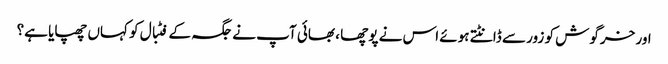
اور خرگوش کو زور سے ڈانٹتے ہوئے اس نے پوچھا ، بھائی آپ نے جگہ کے فٹبال کو کہاں چھپایا ہے؟